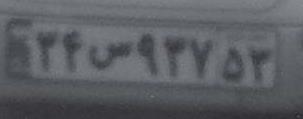
۳۴س۹۳۷۵۳